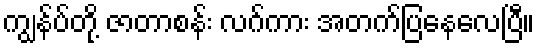
ကျွန်ပ်တို့ ဇာတာစန်း လဂ်ကား အတက်ပြနေလေပြီ။